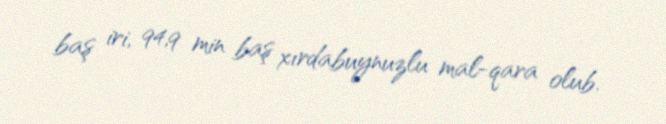
baş iri, 94,9 min baş xırdabuynuzlu mal-qara olub.